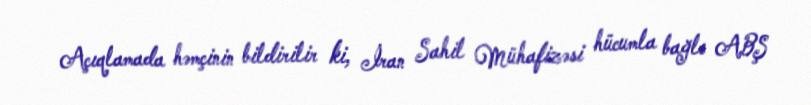
Açıqlamada həmçinin bildirilir ki, İran Sahil Mühafizəsi hücumla bağlı ABŞ